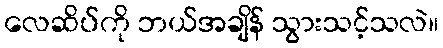
လေဆိပ်ကို ဘယ်အချိန် သွားသင့်သလဲ။